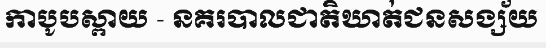
កាបូបស្ពាយ - នគរបាលជាតិឃាត់ជនសង្ស័យ